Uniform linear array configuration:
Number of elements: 32
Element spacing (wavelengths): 0.75
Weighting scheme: hamming
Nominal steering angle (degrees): -60
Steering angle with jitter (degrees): -59.621
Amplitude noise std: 0.05
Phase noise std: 0.05

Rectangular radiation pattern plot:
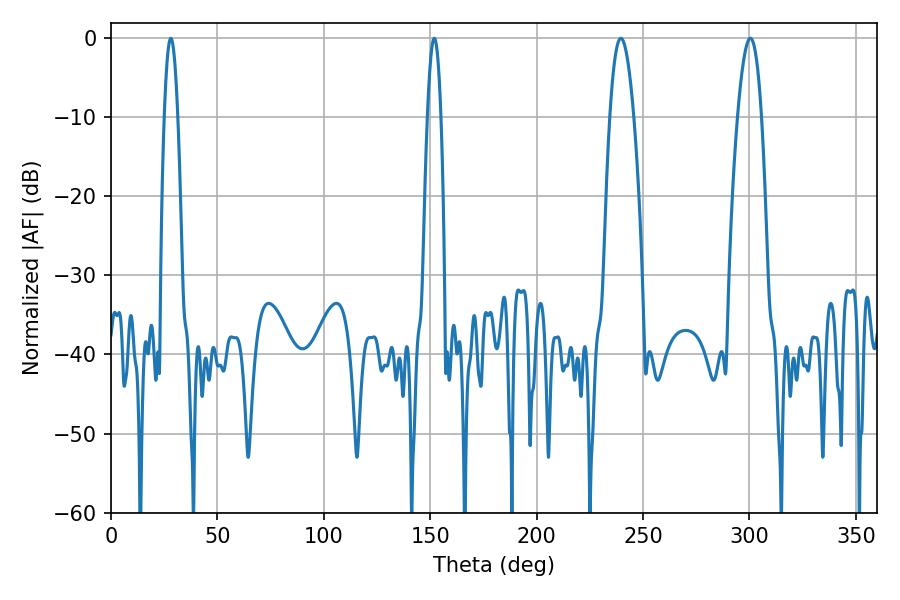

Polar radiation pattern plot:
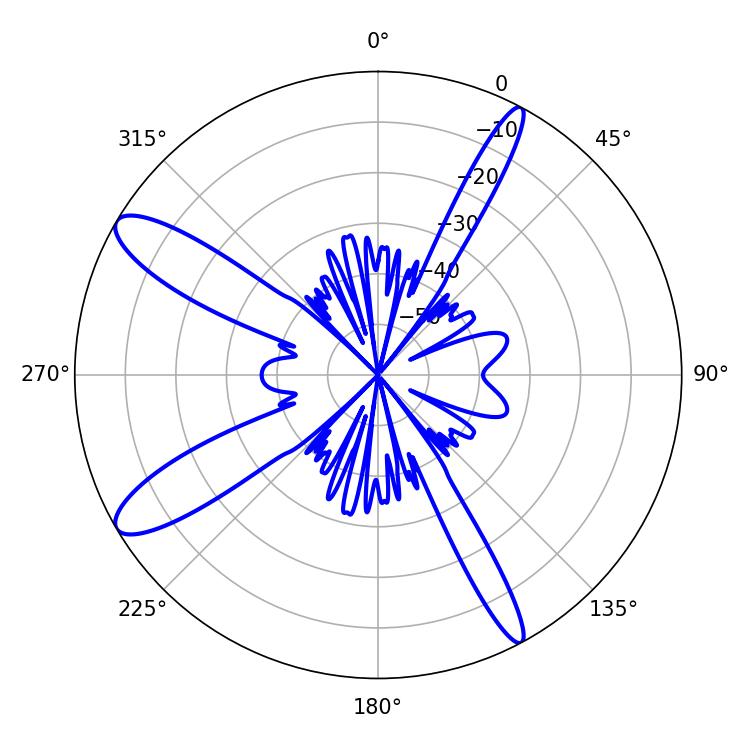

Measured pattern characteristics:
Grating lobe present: TRUE
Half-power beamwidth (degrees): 6.12
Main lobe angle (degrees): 239.58